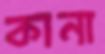
কানা